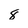
Character: 8